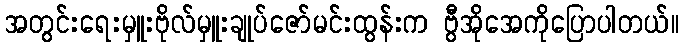
အတွင်းရေးမှူးဗိုလ်မှူးချုပ်ဇော်မင်းထွန်းက ဗွီအိုအေကိုပြောပါတယ်။